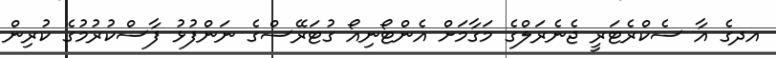
އދގެ އާ ސެކްރެޓަރީ ޖެނެރަލްގެ މަގާމަށް އެންޓޯނިއޯ ގުޓަރޭސްގެ ނަންފުޅު ފާސްކުރުމުގެ ކުރިން